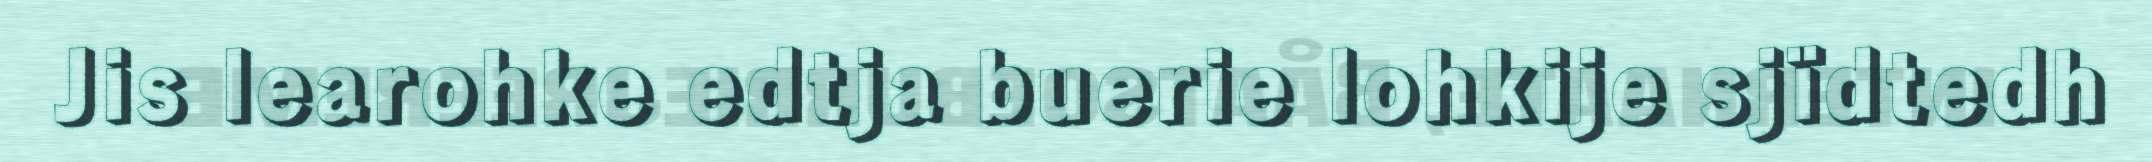
Jis learohke edtja buerie lohkije sjïdtedh